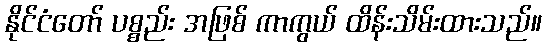
နိုင်ငံတော် ပစ္စည်း အဖြစ် ကာကွယ် ထိန်းသိမ်းထားသည်။